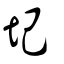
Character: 圮